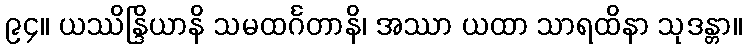
၉၄။ ယဿိန္ဒြိယာနိ သမထင်္ဂတာနိ၊ အဿာ ယထာ သာရထိနာ သုဒန္တာ။